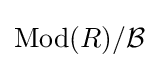
\operatorname {Mod} (R)/{\cal {B}}